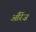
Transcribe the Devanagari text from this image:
औरेंज़